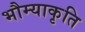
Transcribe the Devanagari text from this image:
भौम्याकृति